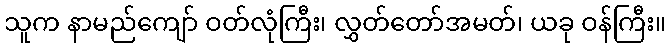
သူက နာမည်ကျော် ဝတ်လုံကြီး၊ လွှတ်တော်အမတ်၊ ယခု ဝန်ကြီး။